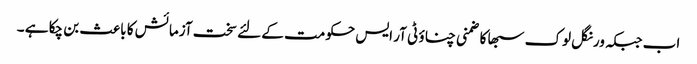
اب جبکہ ورنگل لوک سبھا کا ضمنی چناؤ ٹی آر ایس حکومت کے لئے سخت آزمائش کا باعث بن چکا ہے ۔